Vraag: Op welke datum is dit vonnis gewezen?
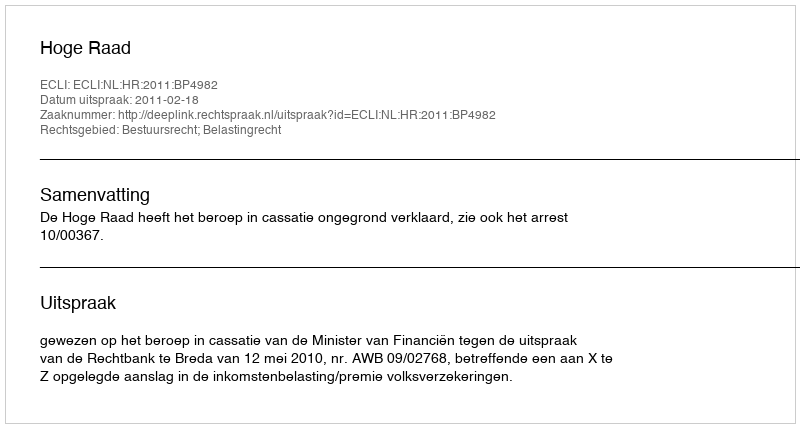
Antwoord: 2011-02-18